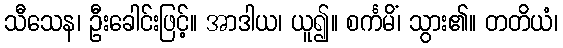
သီသေန၊ ဦးခေါင်းဖြင့်။ အာဒါယ၊ ယူ၍။ စင်္ကမိံ၊ သွား၏။ တတိယံ၊